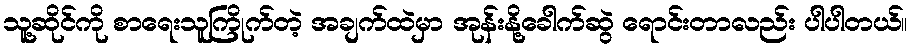
သူ့ဆိုင်ကို စာရေးသူကြိုက်တဲ့ အချက်ထဲမှာ အုန်းနို့ခေါက်ဆွဲ ရောင်းတာလည်း ပါပါတယ်။